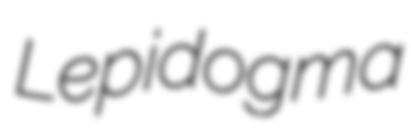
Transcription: Lepidogma